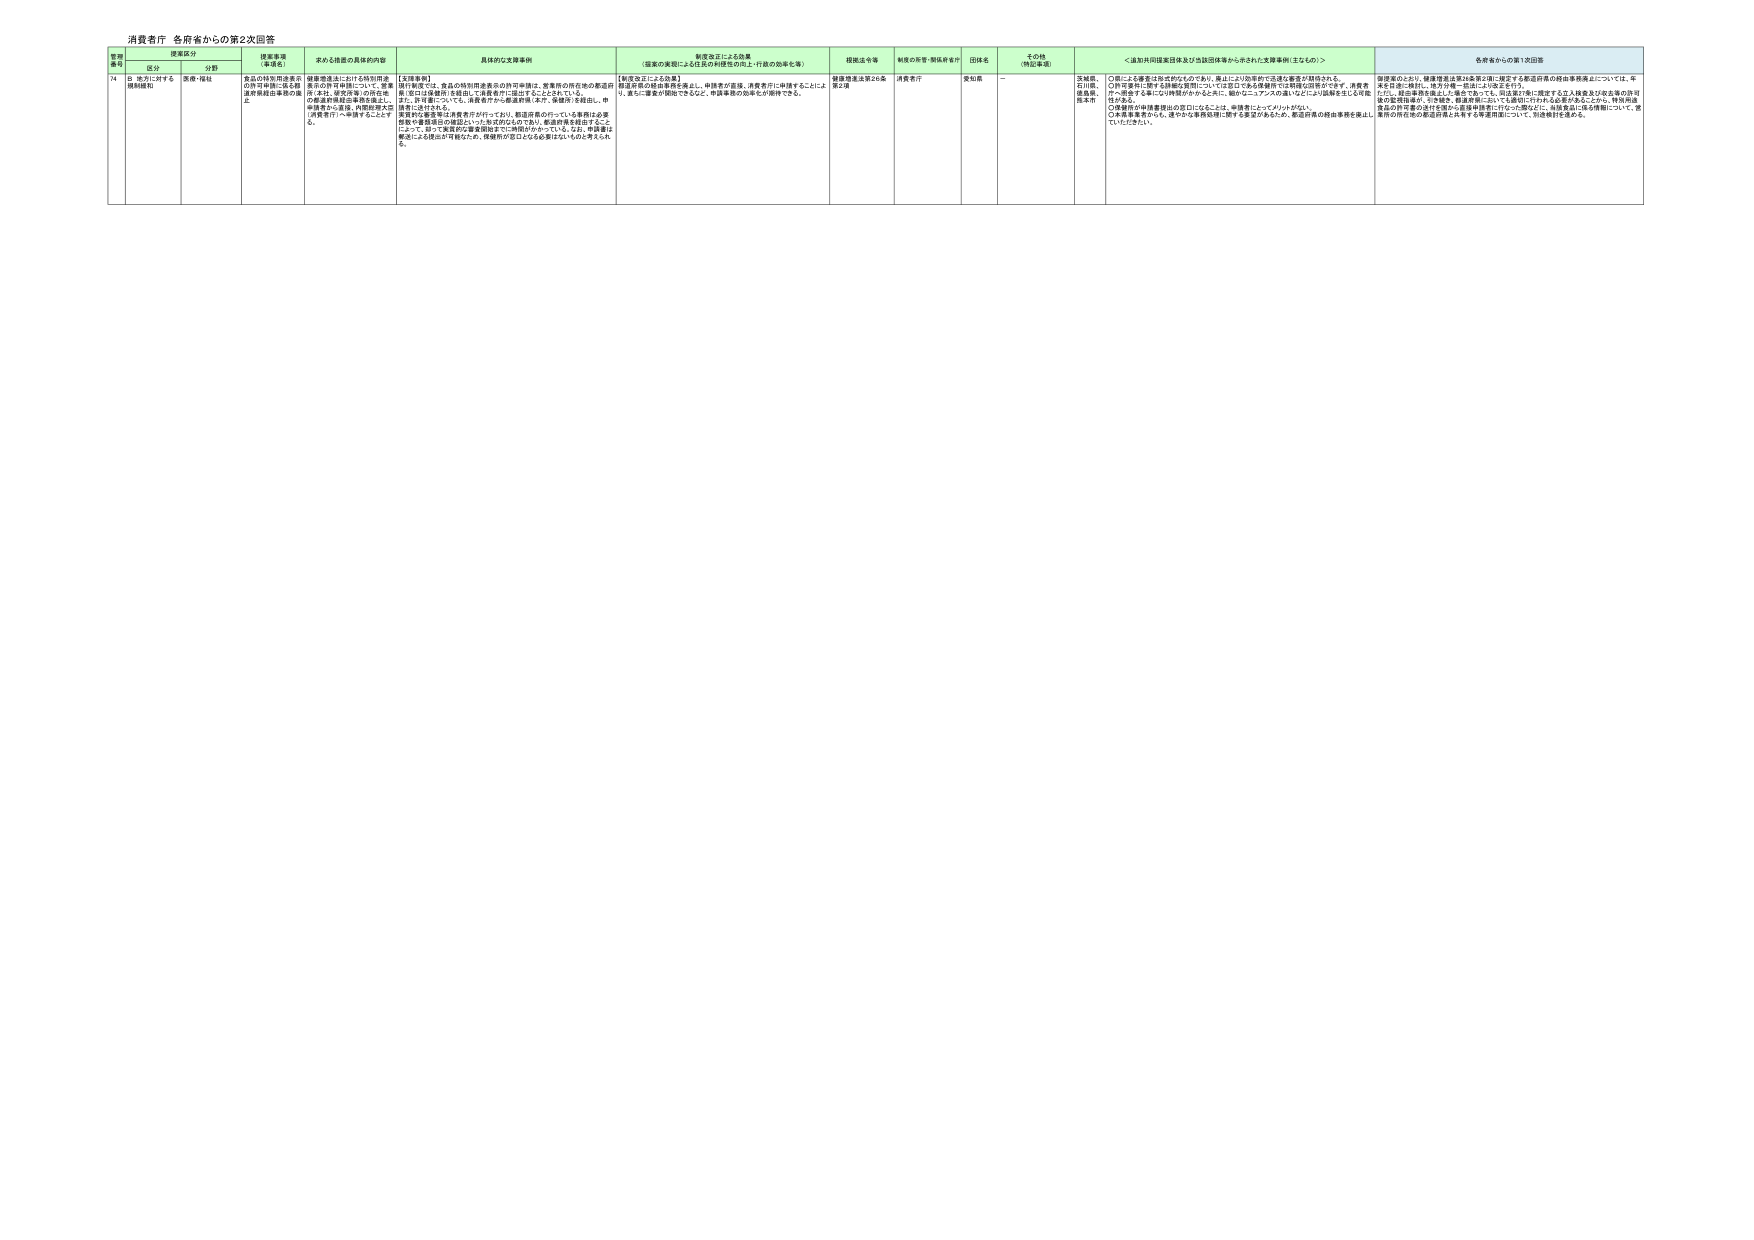
消費者庁 各府省からの第2次回答

| 管理番号 | 提案区分 | 提案事項（申請名） | 求める措置の具体的内容 | 具体的な支援事例 | 制度改正による効果（提案の実現による住民の利便性の向上・行政の効率化等） | 提案法令等 | 制度の所管・関係府省庁 | 回答者 | その他（特記事項） | ＜通知共同提案団体及び当該団体等から示された支援事例（主なもの）＞ | 各府省からの第1次回答 |
|----------|----------|---------------------|--------------------------|------------------|----------------------------------------------------------------------------------|-------------|------------------------|--------|------------------|-----------------------------------------------------------------------------|--------------------------|
| 74 | ② 地方に対する補助補助 | 医療・福祉 | 食品の特許用途表示の許可申請に係る都道府県独自事務の廃止 | 健康増進法における特許用途表示の許可申請について、営業所（本社、研究所等）の所在地の都道府県独自事務を廃止し、申請者から直接、内閣府理財局（消費者庁）へ申請することとする。 | 【支援事例】<br>現行制度では、食品の特許用途表示の許可申請は、営業所の所在地の都道府県（本社は健康局）を経由して消費者庁に提出することとなっている。<br>また、許可書については、消費者庁から都道府県（本庁、保健所）を経由し、申請者に送付される。<br>営業所の都道府県を消費者庁が行うため、都道府県の行っている事務は必要最低限の事務（申請内容についての確認のみの行為）に限定されていることによって、極めて簡素的な審査制度までに削減がかれている。なお、申請書は郵送による提出が可能ため、役務所が窓口となる必要はないものと考えられる。 | 【制度改正による効果】<br>都道府県の経由事務を廃止し、申請者が直接、消費者庁に申請することにより、著しく審査が簡易化できる上、申請事務の効率化が期待できる。 | 健康増進法第26条第2項 | 消費者庁 | 愛知県 | - | 3.補助<br>石川県、<br>徳島県、<br>熊本市 | ○県による審査は形式的なものであり、県により効率的で迅速な審査が期待される。<br>○許可要件に関する詳細な質問については窓口である保健所では明確な回答ができず、消費者が一括する事には困難がかかる上に、現状でニュアンスの違いなどにより誤解を生じる可能性がある。<br>○保健所が申請書提出の窓口になることは、申請者にとってメリットがない。<br>○本省審査者からも、速やかな事務処理に関する要望があるため、都道府県の経由事務を廃止していただきたい。 | 原提案のとおり、健康増進法第26条第2項に規定する食品特許の経由事務廃止については、年末を目処に検討し、地方分権一括法により改正を行う。<br>ただし、経由事務を廃止した場合であっても、担当省庁等に指定する立入検査及び法支配の許可後の監督指導が、引き続き、都道府県においても適切に行われる必要があることから、特許用途食品の許可書の交付を受ける都道府県等に付与する際には、当該食品に係る情報について、営業所の所在地の都道府県と共有する等運用面について、別途検討を進める。 |